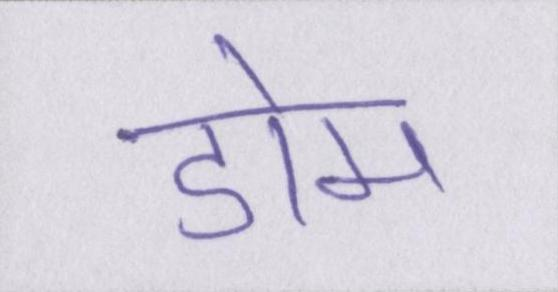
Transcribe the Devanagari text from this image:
डोम